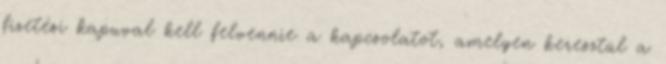
fizetési kapuval kell felvennie a kapcsolatot, amelyen keresztül a